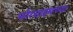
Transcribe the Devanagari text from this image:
फोरसाइथच्या